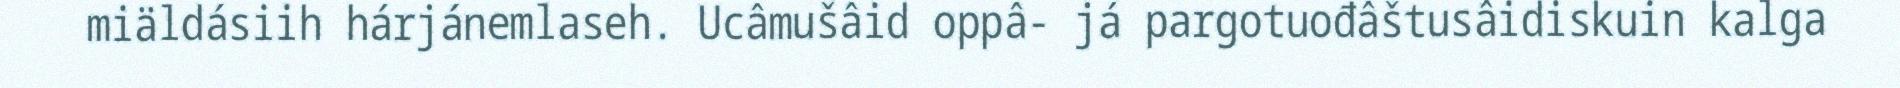
miäldásiih hárjánemlaseh. Ucâmušâid oppâ- já pargotuođâštusâidiskuin kalga